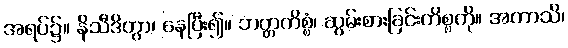
အရပ်၌။ နိသီဒိတွာ၊ နေပြီး၍။ ဘတ္တကိစ္စံ၊ ဆွမ်းစားခြင်းကိစ္စကို။ အကာသိ၊